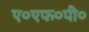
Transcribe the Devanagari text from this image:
ए०एफ०पी०